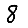
Digit: 8